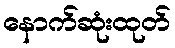
နောက်ဆုံးထုတ်